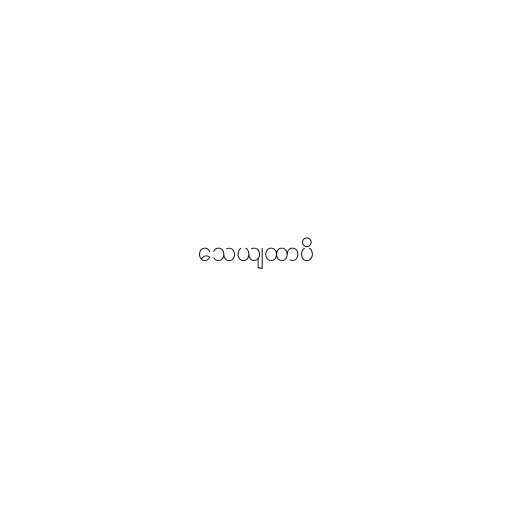
သေယျထာပိ